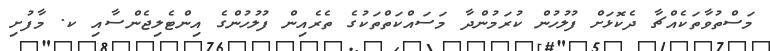
މަސްތުވާތަކެއްޗާ ދެކޮޅަށް ފުލުހުން ކުރަމުންދާ މަސައްކަތްތަކުގެ ތެރެއިން ފުލުހުންގެ އިންޓެލިޖެންސާއި ކ. މާފުށި